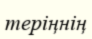
теріңнің